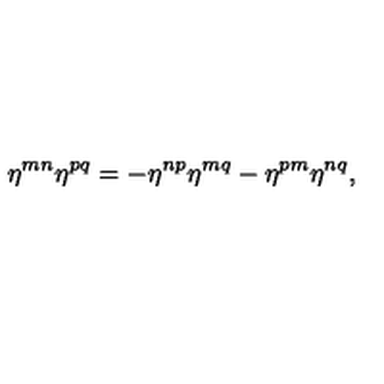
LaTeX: \eta ^ { m n } \eta ^ { p q } = - \eta ^ { n p } \eta ^ { m q } - \eta ^ { p m } \eta ^ { n q } ,